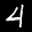
Label: 4